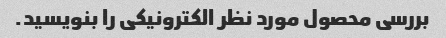
بررسی محصول مورد نظر الکترونیکی را بنویسید.